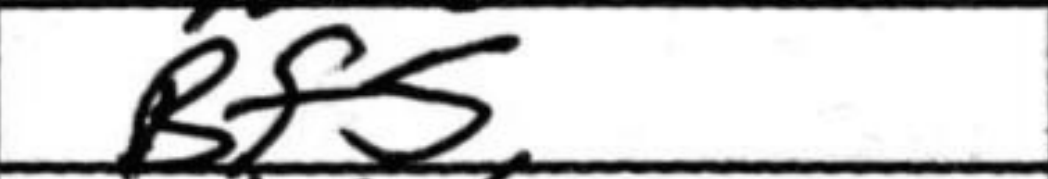
Transcription: Bf5